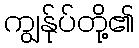
ကျွန်ုပ်တို့၏